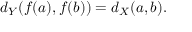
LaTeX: d _ { Y } \! \left( f ( a ) , f ( b ) \right) = d _ { X } ( a , b ) .